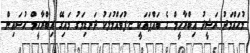
މުޙައްމަދު ރަޝީދު އިބްރާހީމް ގެ ބައްޕައަކީ ޏ.ފުވައްމުލަކު ދަނޑިމަގު މައިގޭ އިބްރާހީމް ޙުސައިން